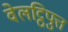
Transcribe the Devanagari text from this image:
वेलट्ठिपुत्त